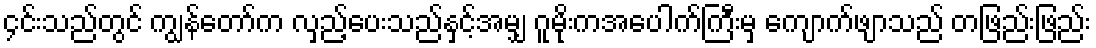
၄င်းသည်တွင် ကျွန်တော်က လှည့်ပေးသည်နှင့်အမျှ ဂူမိုးကအပေါက်ကြီးမှ ကျောက်ဖျာသည် တဖြည်းဖြည်း